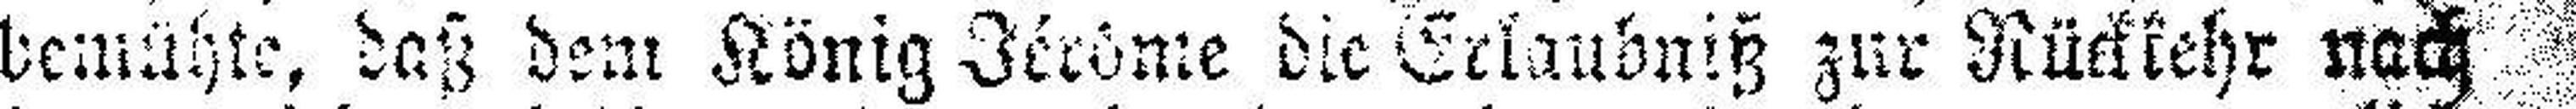
bemühte, daß dem König Jérôme die Erlaubniß zur Rückkehr nach